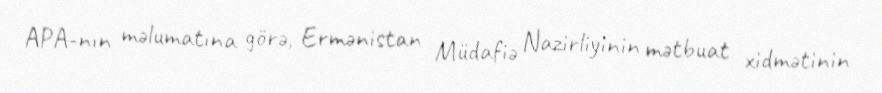
APA-nın məlumatına görə, Ermənistan Müdafiə Nazirliyinin mətbuat xidmətinin